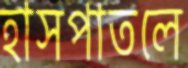
হাসপাতলে